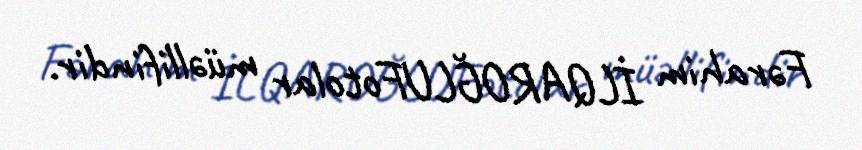
Fərahim İLQAROĞLUFotolar müəllifindir.